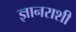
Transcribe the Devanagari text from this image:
ज्ञानराशी